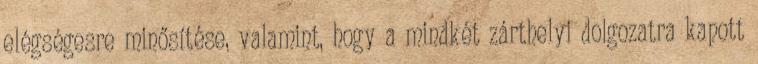
elégségesre minősítése, valamint, hogy a mindkét zárthelyi dolgozatra kapott